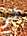
لم